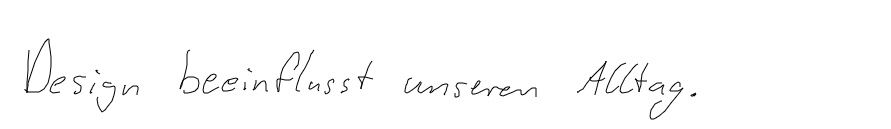
Design beeinflusst unseren Alltag.